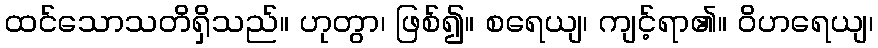
ထင်သောသတိရှိသည်။ ဟုတွာ၊ ဖြစ်၍။ စရေယျ၊ ကျင့်ရာ၏။ ဝိဟရေယျ၊